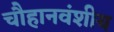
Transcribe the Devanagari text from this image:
चौहानवंशीय